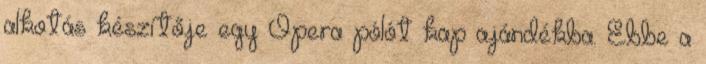
alkotás készítője egy Opera pólót kap ajándékba. Ebbe a